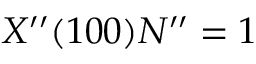
X ^ { \prime \prime } ( 1 0 0 ) N ^ { \prime \prime } = 1